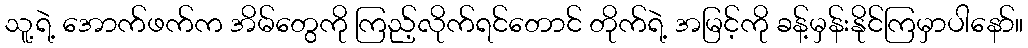
သူ့ရဲ့ အောက်ဖက်က အိမ်တွေကို ကြည့်လိုက်ရင်တောင် တိုက်ရဲ့ အမြင့်ကို ခန့်မှန်းနိုင်ကြမှာပါနော်။